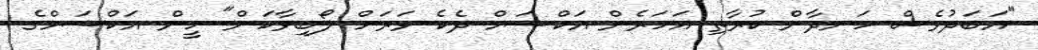
"އަބަދުވެސް ހަނދާން ކުރާތި އަހަރެން އަކްޝަމް ދެކެ ވަރަށް ލޯބިވާކަން" ހީން އަކްޝަމްގެ